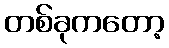
တစ်ခုကတော့